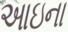
આઇના